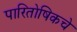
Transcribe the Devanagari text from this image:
पारितोषिकचे